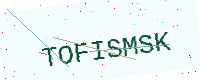
Text: TOFISMSK